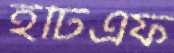
ইটিএফ